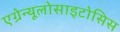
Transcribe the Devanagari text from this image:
एग्रेन्यूलोसाइटोसिस